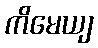
ကိမေယျ